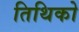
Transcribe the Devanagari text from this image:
तिथिको